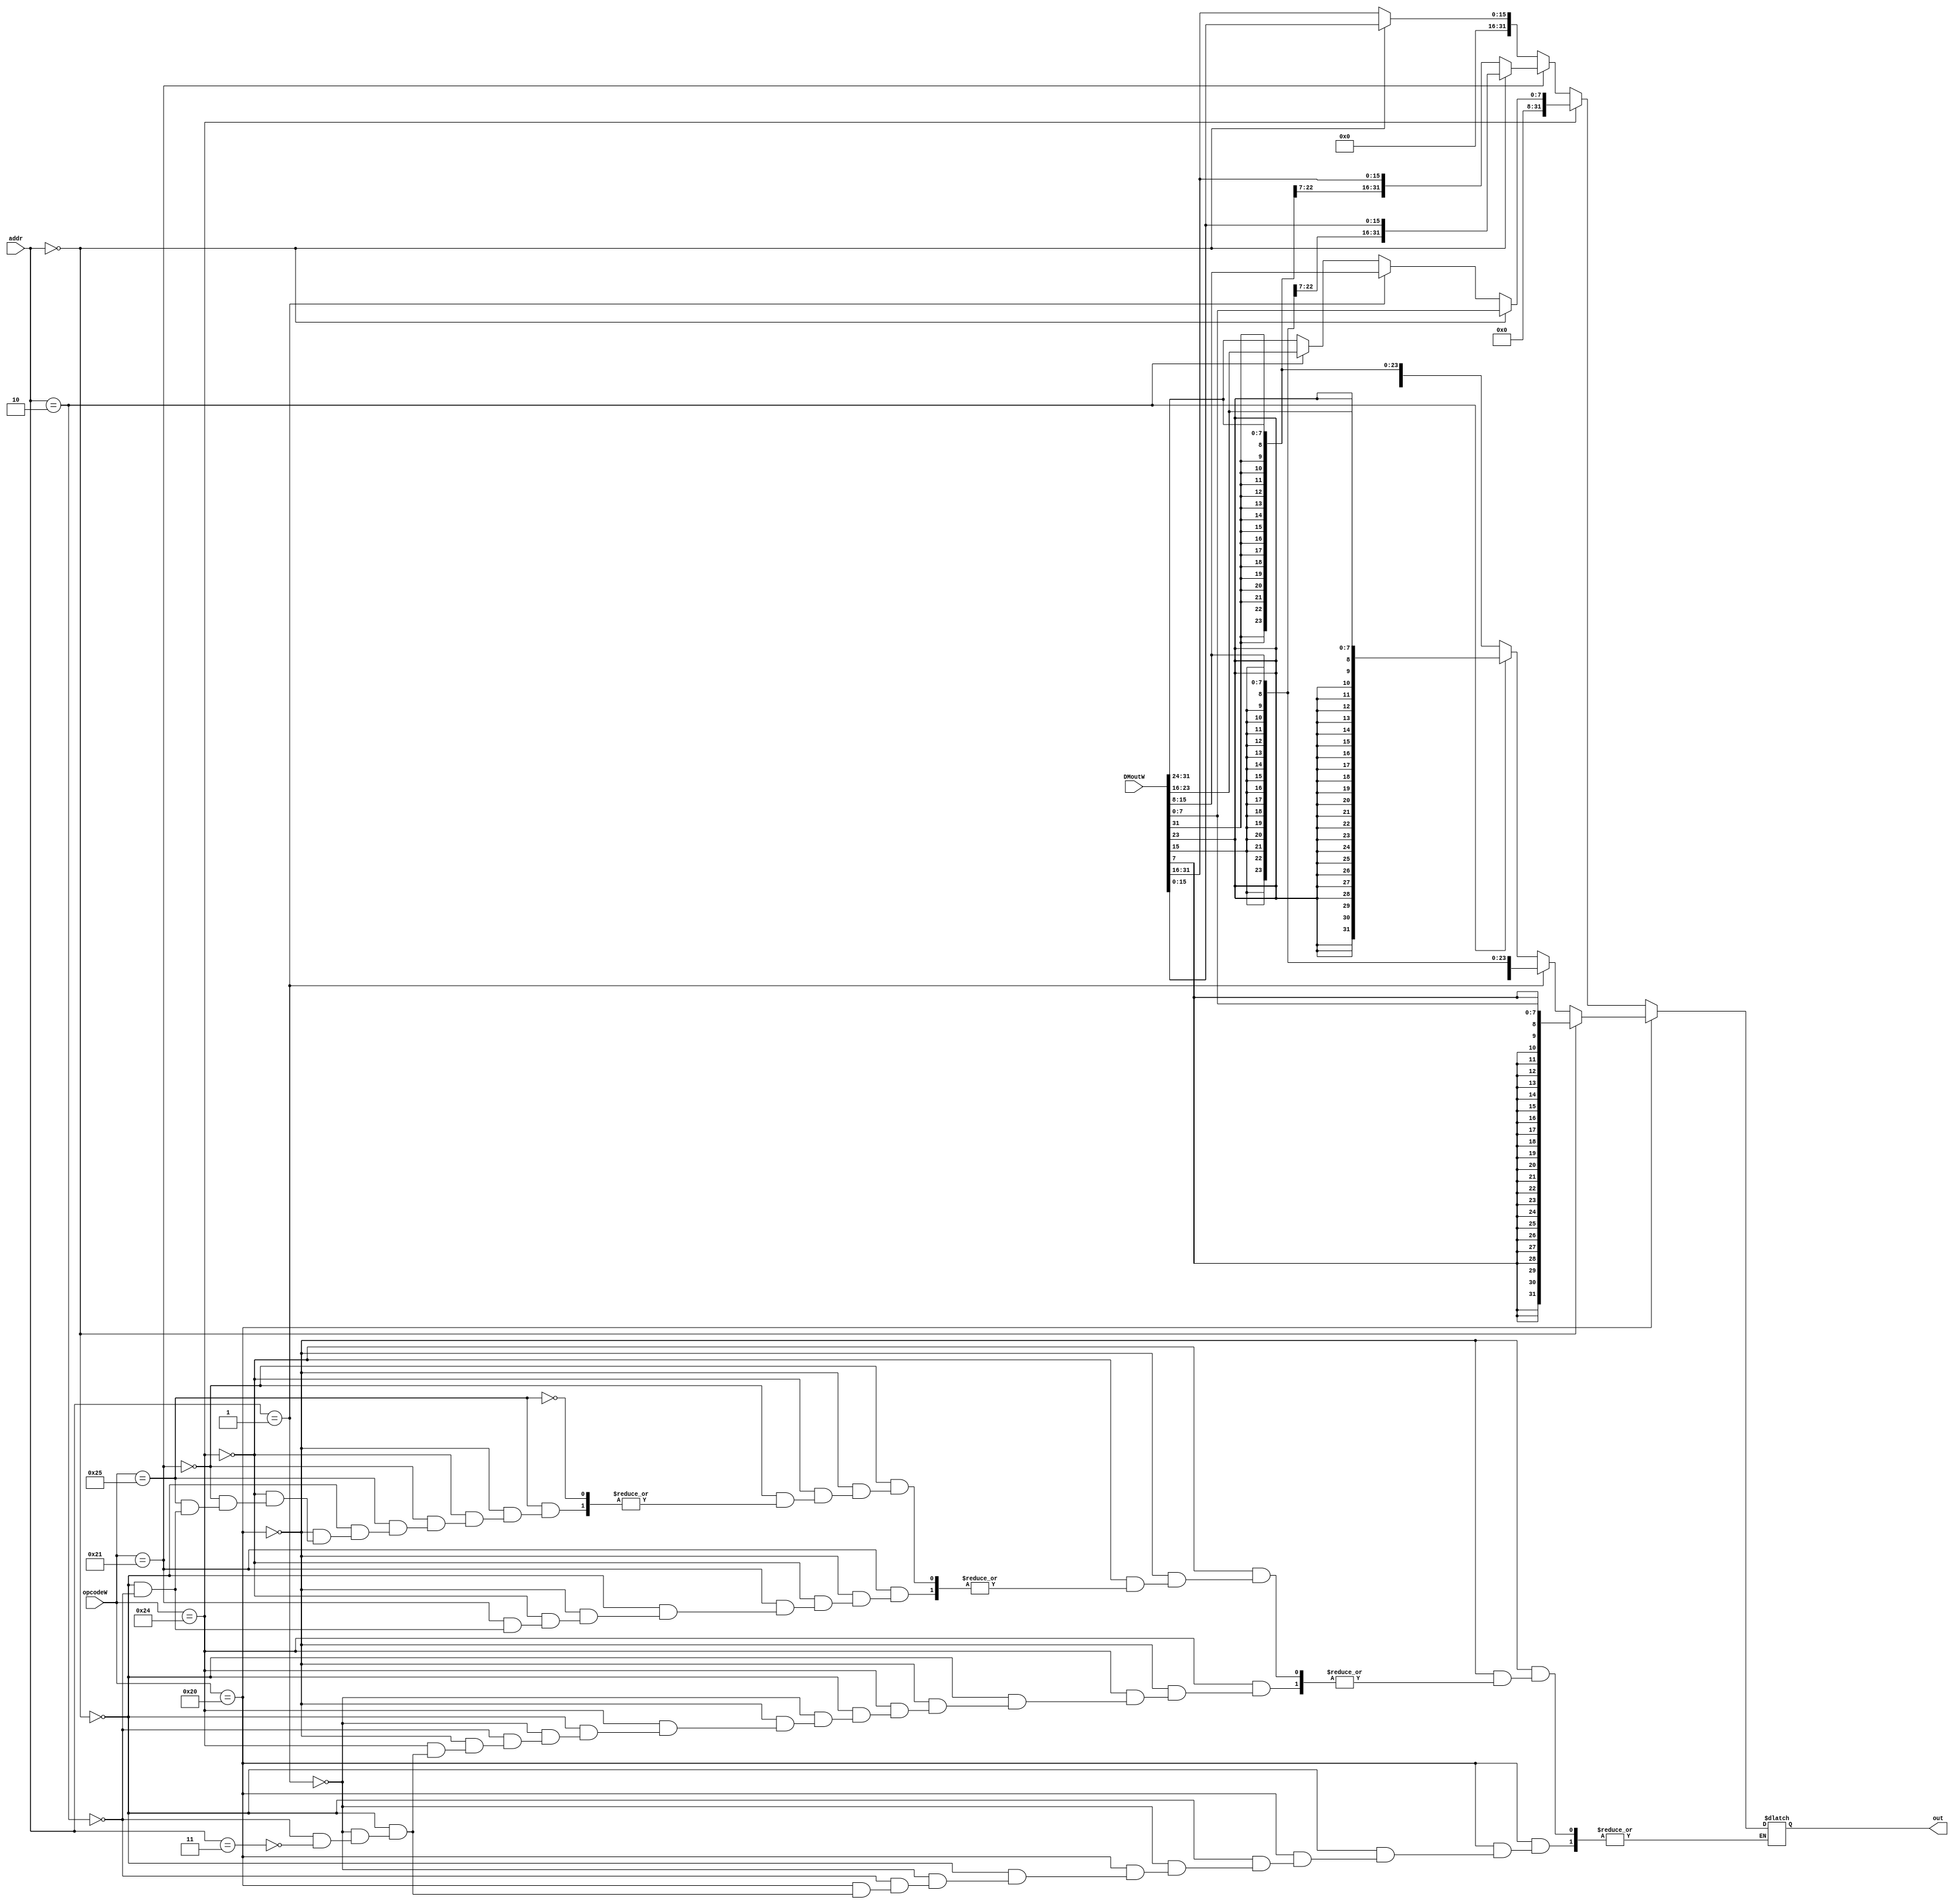
`timescale 1ns / 1ps
//////////////////////////////////////////////////////////////////////////////////
// Company: 
// Engineer: 
// 
// Design Name: 
// Module Name:    opt 
// Project Name: 
// Target Devices: 
// Tool versions: 
// Description: 
//
// Dependencies: 
//
// Revision: 
// Revision 0.01 - File Created
// Additional Comments: 
//
//////////////////////////////////////////////////////////////////////////////////
module opt(opcodeW,addr,DMoutW,out);
	input [5:0] opcodeW;
	input [1:0] addr;
	input [31:0]  DMoutW;
	output reg [31:0] out;
	integer i;
	always @(*) begin
		if(opcodeW==32) begin
				if(addr==0) out={{24{DMoutW[7]}},DMoutW[7:0]};
				else if(addr==1) out={{24{DMoutW[15]}},DMoutW[15:8]};
				else if(addr==2) out={{24{DMoutW[23]}},DMoutW[23:16]};
				else if(addr==3) out={{24{DMoutW[31]}},DMoutW[31:24]};
		end
		else if(opcodeW==36)begin
			if(addr==0) out={{24'b0},DMoutW[7:0]};
			else if(addr==1) out={{24'b0},DMoutW[15:8]};
			else if(addr==2) out={{24'b0},DMoutW[23:16]};
			else if(addr==3) out={{24'b0},DMoutW[31:24]};
		end
		else if(opcodeW==33) begin
			if(addr==0) out={{16{DMoutW[15]}},DMoutW[15:0]};
			else if(addr==2) out={{16{DMoutW[31]}},DMoutW[31:16]};
		end
		else if(opcodeW==37) begin
			if(addr==0) out={{16'b0},DMoutW[15:0]};
			else if(addr==2) out={{16'b0},DMoutW[31:16]};
		end
	end
endmodule